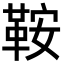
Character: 鞍